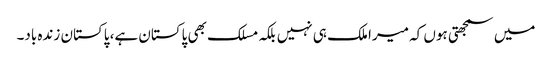
میں سمجھتی ہوں کہ میرا ملک ہی نہیں بلکہ مسلک بھی پاکستان ہے، پاکستان زندہ باد۔